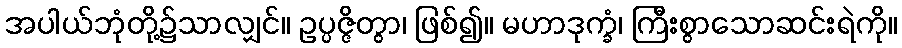
အပါယ်ဘုံတို့၌သာလျှင်။ ဥပ္ပဇ္ဇိတွာ၊ ဖြစ်၍။ မဟာဒုက္ခံ၊ ကြီးစွာသောဆင်းရဲကို။